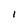
Character: l